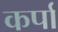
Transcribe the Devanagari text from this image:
कर्पा